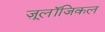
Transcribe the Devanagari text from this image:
ज़ू्लॉजिकल